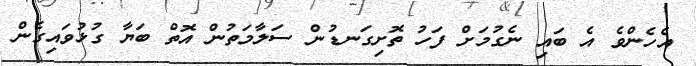
އެހެންވެ އެ ބައި ނެގުމަށް ފަހު ތޮށިގަނޑުން ސަލާމަތުން އޮތް ބަޔާ ގުޅުވައިގެން